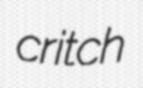
critch